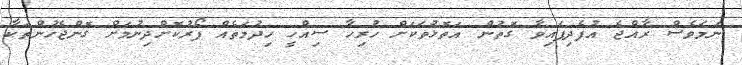
ނަމަވެސް ރާއްޖެ އުފެދިފައިވާ ގޮތުން އަތޮޅުތަކަށް ހުރިހާ ސިއްހީ ހިދުމަތެއް ފޯރުކޮށްދިނުމަށް ގޮންޖެހުންތަކާ